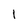
Character: l